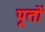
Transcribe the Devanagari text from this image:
पूतों